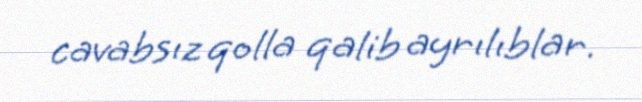
cavabsız qolla qalib ayrılıblar.